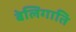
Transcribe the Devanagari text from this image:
बेलिगाति